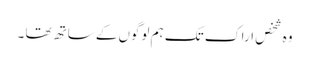
وہ شخص اراک تک ہم لوگوں کے ساتھ تھا ۔